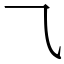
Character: ⺄